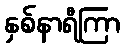
နှစ်နာရီကြာ